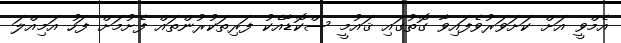
އެމްވީ އަށް ކަށަވަރުވެފައިވާ ގޮތުގައި ޤައުމީ ސްކޮޑާއެކު ފަރިތަކުރުންތައް ފެށުމަށް ފަހު އަމިއްލަ